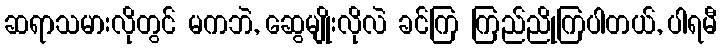
ဆရာသမားလိုတွင် မကဘဲ, ဆွေမျိုးလိုလဲ ခင်ကြ ကြည်ညိုကြပါတယ်, ပါရမီ